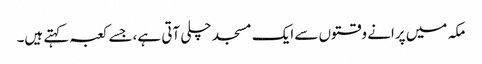
مکہ میں پرانے وقتوں سے ایک مسجد چلی آتی ہے،جسے کعبہ کہتے ہیں۔